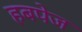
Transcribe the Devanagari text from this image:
हबपेज